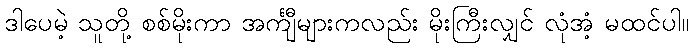
ဒါပေမဲ့ သူတို့ စစ်မိုးကာ အင်္ကျီများကလည်း မိုးကြီးလျှင် လုံအံ့ မထင်ပါ။